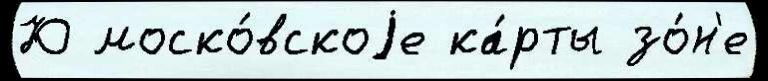
Ю моско́вскоjе ка́рты зо́н'е